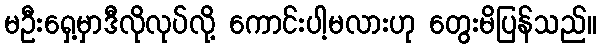
မဦးရှေ့မှာဒီလိုလုပ်လို့ ကောင်းပါ့မလားဟု တွေးမိပြန်သည်။